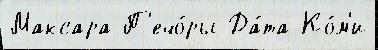
Максара П'ечо́ры Да́та Ко́м'и